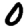
Digit: 0